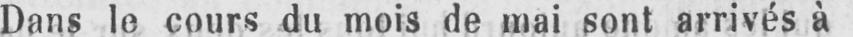
Dans le cours du mois de mai sont arrivés à